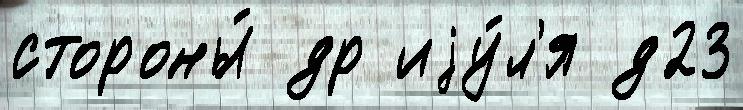
стороны́ др иjу́л'я д23